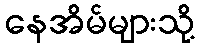
နေအိမ်များသို့